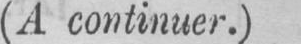
(A continuer.)